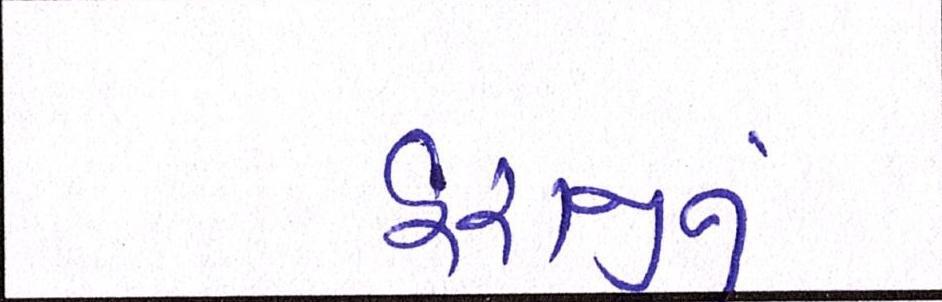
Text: હરાજીનું